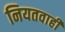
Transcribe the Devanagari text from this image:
नियतवाही